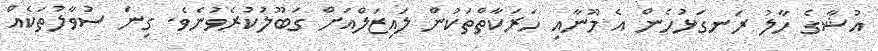
އުޝާގެ ހާލު ރަނގަޅުހެން އެ މޫނާއި ހަރަކާތްތަކުން ލައިޒަލްއަށް ގަބޫލުކުރެވުނެވެ. ގިނަ ސުވާލުތަކެއް